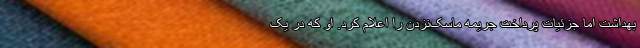
بهداشت اما جزئیات پرداخت جریمه ماسک‌نزدن را اعلام کرد. او که در یک